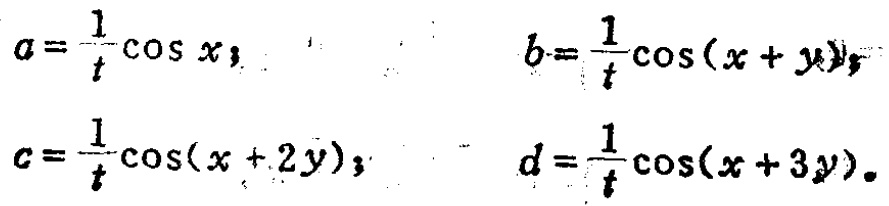
\[

\begin{align*}

a&=\frac{1}{t}\cos x,\\

b&=\frac{1}{t}\cos(x + y),\\

c&=\frac{1}{t}\cos(x + 2y),\\

d&=\frac{1}{t}\cos(x + 3y).

\end{align*}

\]